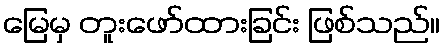
မြေမှ တူးဖော်ထားခြင်း ဖြစ်သည်။